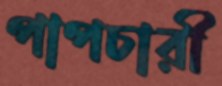
পাপচারী